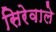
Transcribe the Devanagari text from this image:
सिरेवाले